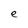
Character: e